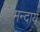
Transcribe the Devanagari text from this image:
मन्दाय